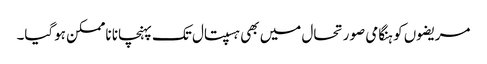
مریضوں کو ہنگامی صورتحال میں بھی ہسپتال تک پہنچانا ناممکن ہوگیا۔